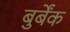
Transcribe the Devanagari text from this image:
बुर्बेंक